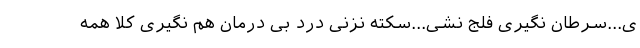
ی...سرطان نگیری فلج نشی...سکته نزنی درد بی درمان هم نگیری کلا همه